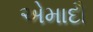
એમાદૌ